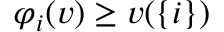
\varphi _ { i } ( v ) \geq v ( \{ i \} )